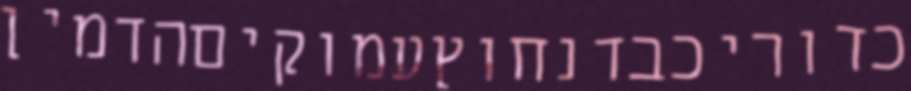
כדוריכבדנחוץעמוקיםהדמין